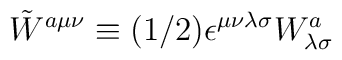
\tilde W^{a\mu\nu} \equiv (1/2)\epsilon^{\mu\nu\lambda\sigma} W^a_{\lambda\sigma}